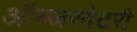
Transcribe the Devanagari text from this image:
ऑब्जरवेटरी